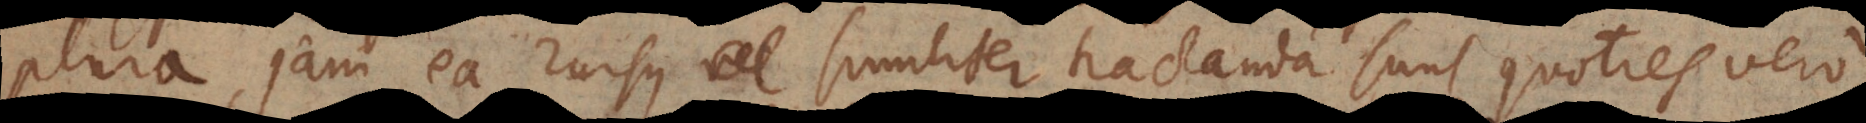
plura, jam ea rursus similiter tractanda sunt, quoties vero